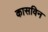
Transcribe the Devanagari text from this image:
कासविन